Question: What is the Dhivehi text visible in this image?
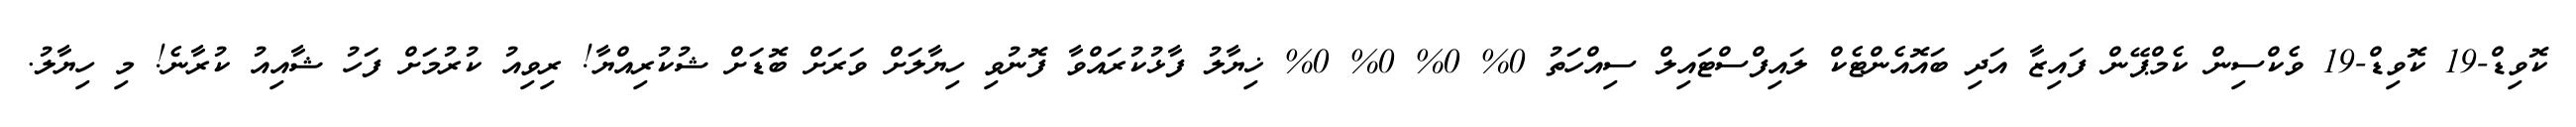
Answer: ކޮވިޑް-19 ކޮވިޑް-19 ވެކްސިން ކެމްޕޭން ފައިޒާ އަދި ބައޮއެންޓެކް ލައިފްސްޓައިލް ސިއްހަތު 0% 0% 0% 0% ޚިޔާލު ފާޅުކުރައްވާ ފޮނުވި ހިޔާލަށް ވަރަށް ބޮޑަށް ޝުކުރިއްޔާ! ރިވިއު ކުރުމަށް ފަހު ޝާއިއު ކުރާނެ! މި ހިޔާލު.